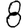
Digit: 8